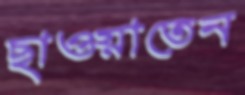
ছাওয়াতেন